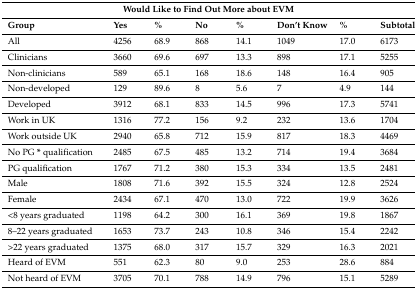
<table><thead><tr><td colspan="8"><b>Would Like to Find Out More about EVM</b></td></tr><tr><td><b>Group</b></td><td><b>Yes</b></td><td><b>%</b></td><td><b>No</b></td><td><b>%</b></td><td><b>Don’t Know</b></td><td><b>%</b></td><td><b>Subtotal</b></td></tr></thead><tbody><tr><td>All</td><td>4256</td><td>68.9</td><td>868</td><td>14.1</td><td>1049</td><td>17.0</td><td>6173</td></tr><tr><td>Clinicians</td><td>3660</td><td>69.6</td><td>697</td><td>13.3</td><td>898</td><td>17.1</td><td>5255</td></tr><tr><td>Non-clinicians</td><td>589</td><td>65.1</td><td>168</td><td>18.6</td><td>148</td><td>16.4</td><td>905</td></tr><tr><td>Non-developed</td><td>129</td><td>89.6</td><td>8</td><td>5.6</td><td>7</td><td>4.9</td><td>144</td></tr><tr><td>Developed</td><td>3912</td><td>68.1</td><td>833</td><td>14.5</td><td>996</td><td>17.3</td><td>5741</td></tr><tr><td>Work in UK</td><td>1316</td><td>77.2</td><td>156</td><td>9.2</td><td>232</td><td>13.6</td><td>1704</td></tr><tr><td>Work outside UK</td><td>2940</td><td>65.8</td><td>712</td><td>15.9</td><td>817</td><td>18.3</td><td>4469</td></tr><tr><td>No PG <b>*</b> qualification</td><td>2485</td><td>67.5</td><td>485</td><td>13.2</td><td>714</td><td>19.4</td><td>3684</td></tr><tr><td>PG qualification</td><td>1767</td><td>71.2</td><td>380</td><td>15.3</td><td>334</td><td>13.5</td><td>2481</td></tr><tr><td>Male</td><td>1808</td><td>71.6</td><td>392</td><td>15.5</td><td>324</td><td>12.8</td><td>2524</td></tr><tr><td>Female</td><td>2434</td><td>67.1</td><td>470</td><td>13.0</td><td>722</td><td>19.9</td><td>3626</td></tr><tr><td>&lt;8 years graduated</td><td>1198</td><td>64.2</td><td>300</td><td>16.1</td><td>369</td><td>19.8</td><td>1867</td></tr><tr><td>8–22 years graduated</td><td>1653</td><td>73.7</td><td>243</td><td>10.8</td><td>346</td><td>15.4</td><td>2242</td></tr><tr><td>&gt;22 years graduated</td><td>1375</td><td>68.0</td><td>317</td><td>15.7</td><td>329</td><td>16.3</td><td>2021</td></tr><tr><td>Heard of EVM</td><td>551</td><td>62.3</td><td>80</td><td>9.0</td><td>253</td><td>28.6</td><td>884</td></tr><tr><td>Not heard of EVM</td><td>3705</td><td>70.1</td><td>788</td><td>14.9</td><td>796</td><td>15.1</td><td>5289</td></tr></tbody></table>